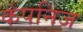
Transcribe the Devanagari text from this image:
कंपनिज